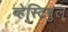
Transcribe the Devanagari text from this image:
व्हेस्टिबुल